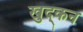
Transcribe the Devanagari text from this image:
खुद्कन